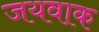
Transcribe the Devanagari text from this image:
जयवाक